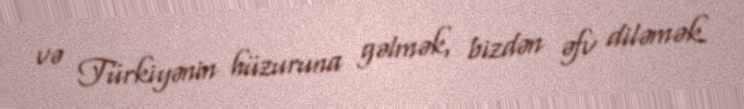
və Türkiyənin hüzuruna gəlmək, bizdən əfv diləmək.